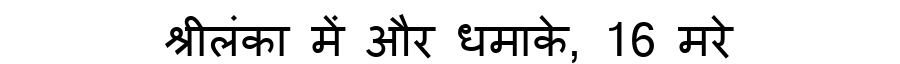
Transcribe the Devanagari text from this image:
श्रीलंका में और धमाके, 16 मरे